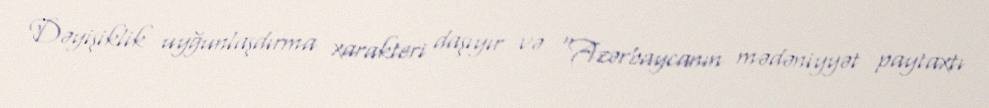
Dəyişiklik uyğunlaşdırma xarakteri daşıyır və “Azərbaycanın mədəniyyət paytaxtı